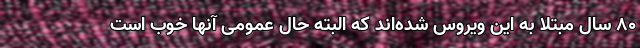
۸۰ سال مبتلا به این ویروس شده‌اند که البته حال عمومی آنها خوب است